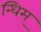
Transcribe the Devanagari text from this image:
न्धिम्